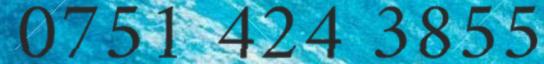
0751 424 3855